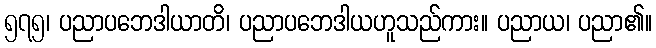
၅၇၅၊ ပညာပဘေဒါယာတိ၊ ပညာပဘေဒါယဟူသည်ကား။ ပညာယ၊ ပညာ၏။